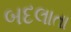
બદલાતા